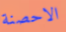
الاحصنة